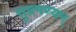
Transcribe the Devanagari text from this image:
सुब्रमण्यम्